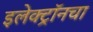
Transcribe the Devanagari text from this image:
इलेक्ट्रॉनचा